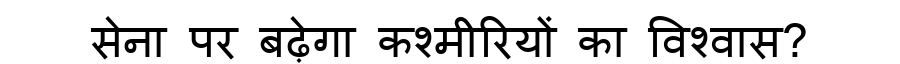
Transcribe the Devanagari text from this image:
सेना पर बढ़ेगा कश्मीरियों का विश्वास?